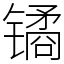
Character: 𫔎